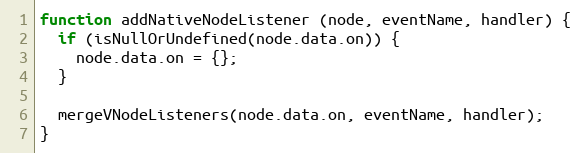
Language: JavaScript
function addNativeNodeListener (node, eventName, handler) {
  if (isNullOrUndefined(node.data.on)) {
    node.data.on = {};
  }

  mergeVNodeListeners(node.data.on, eventName, handler);
}